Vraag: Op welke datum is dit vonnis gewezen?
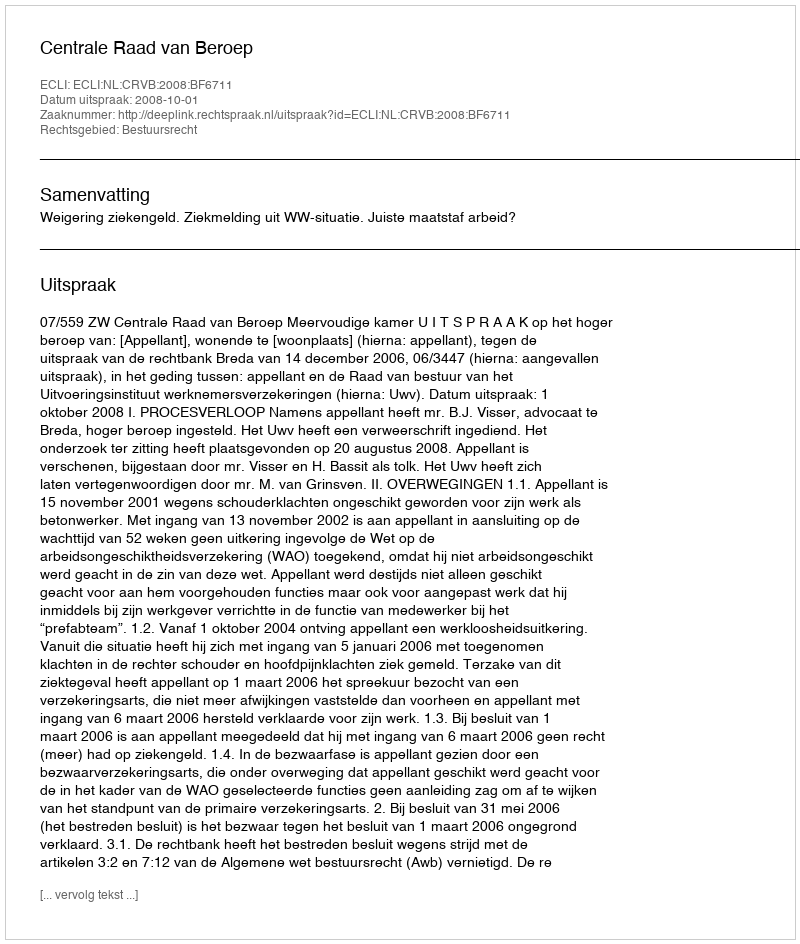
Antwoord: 2008-10-01